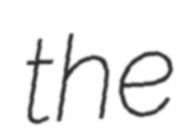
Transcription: the